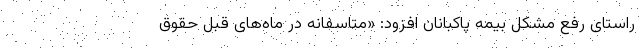
راستای رفع مشکل بیمه پاکبانان افزود: «متاسفانه در ماه‌های قبل حقوق